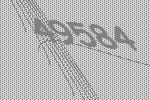
49584